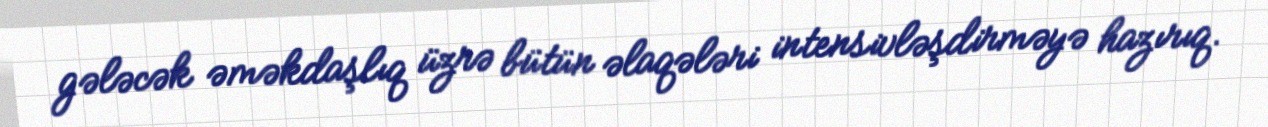
gələcək əməkdaşlıq üzrə bütün əlaqələri intensivləşdirməyə hazırıq.